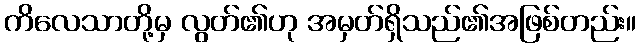
ကိလေသာတို့မှ လွတ်၏ဟု အမှတ်ရှိသည်၏အဖြစ်တည်း။